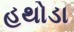
હથોડા